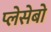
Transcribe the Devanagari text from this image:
प्लेसेबो